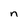
Character: n